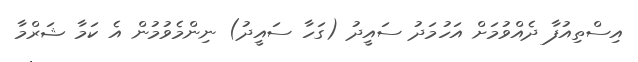
އިސްތިއުފާ ދެއްވުމަށް އަހުމަދު ސައީދު (ގަހާ ސައީދު) ނިންމެވުމުން އެ ކަމާ ޝަރްމާ